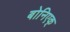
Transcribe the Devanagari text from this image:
बोनिएक्